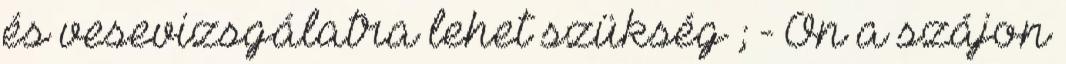
és vesevizsgálatra lehet szükség ; - Ön a szájon